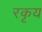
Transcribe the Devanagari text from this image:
रकृय